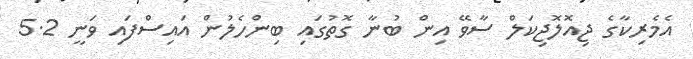
އެމެރިކާގެ ޖިއޮލޮޖިކަލް ސާވޭ އިން ބުނާ ގޮތުގައި ބިންހެލުން އައިސްފައި ވަނީ 5.2